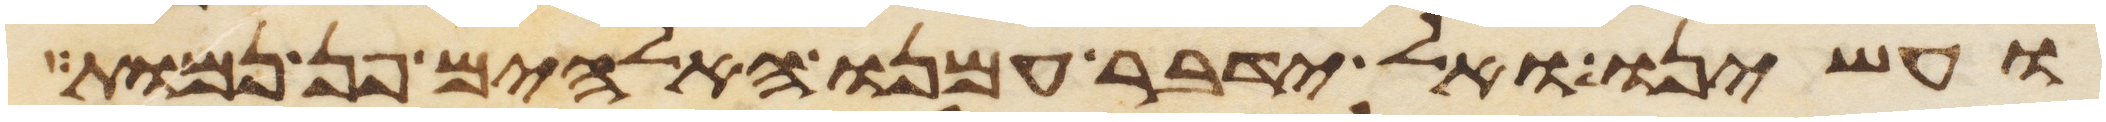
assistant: ועשינו ואל ידבר עמנו האלהים פן נמות